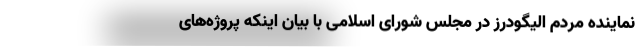
نماینده مردم الیگودرز در مجلس شورای اسلامی با بیان اینکه پروژه‌های